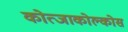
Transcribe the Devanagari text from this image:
कोत्जाकोल्कोस